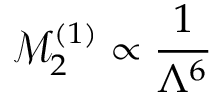
\mathcal { M } _ { 2 } ^ { ( 1 ) } \propto \frac { 1 } { \Lambda ^ { 6 } }